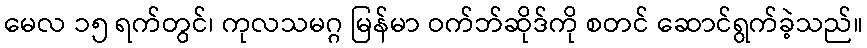
မေလ ၁၅ ရက်တွင်၊ ကုလသမဂ္ဂ မြန်မာ ဝက်ဘ်ဆိုဒ်ကို စတင် ဆောင်ရွက်ခဲ့သည်။